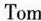
Tom